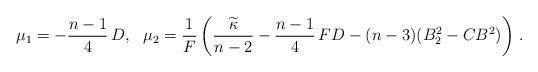
LaTeX: \begin{align*}\mu_1=-\frac{n-1}{4}\,D,\ \ \mu_2=\frac 1F\left(\frac{\widetilde{\kappa}}{n-2}-\frac{n-1}{4}\,FD-(n-3)(B^2_2-CB^2)\right)\,.\end{align*}